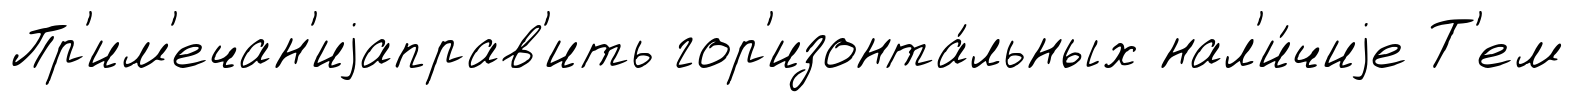
Пр'им'ечан'иjаправ'ить гор'изонта́льных нал'и́чиjе Т'ем